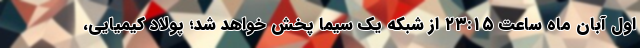
اول آبان ماه ساعت ۲۳:۱۵ از شبکه یک سیما پخش خواهد شد؛ پولاد کیمیایی،